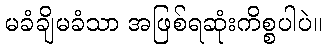
မခံချိမခံသာ အဖြစ်ရဆုံးကိစ္စပါပဲ။